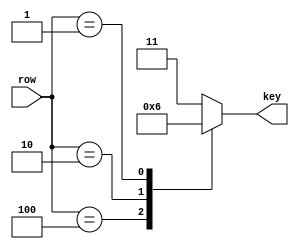
// 3-bit to 2-bit encoder

`timescale 1ns / 1ns // `timescale time_unit/time_precision

module encoder(
	input [2:0] row,
	output reg [1:0] key
	);

	always @(*)
	begin: encode
		case(row)
			3'b100: key <= 2'd0;  // Row 1
			3'b010: key <= 2'd1;  // Row 2
			3'b001: key <= 2'd2;  // Row 3
			default: key <= 2'd3;
		endcase
	end
endmodule